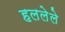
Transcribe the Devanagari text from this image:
हललेले